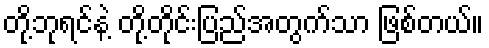
တို့ဘုရင်နဲ့ တို့တိုင်းပြည်အတွက်သာ ဖြစ်တယ်။